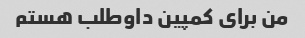
من برای کمپین داوطلب هستم